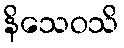
နိသေဝသိ